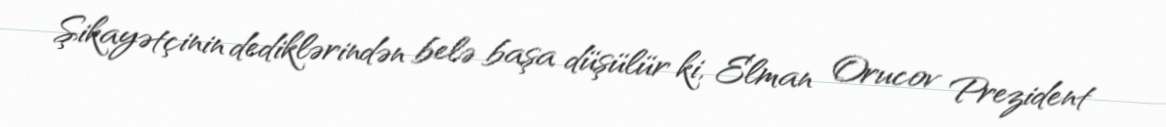
Şikayətçinin dediklərindən belə başa düşülür ki, Elman Orucov Prezident